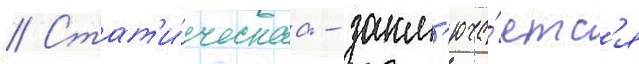
// Стат'и́ческаа - закл'юча́етс'я